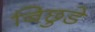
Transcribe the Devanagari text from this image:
बिछुडे